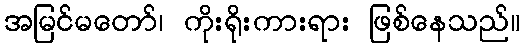
အမြင်မတော်၊ ကိုးရိုးကားရား ဖြစ်နေသည်။